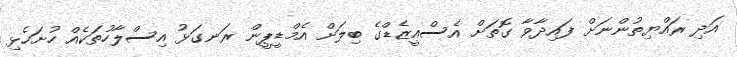
އަދި ރައްޔިތުންނަށް ފައިދާވާ ގޮތަށް އެސްއީޒެޑްގެ ބިލަށް އެމްޑީޕީން ރަނގަޅު އިސްލާހުތަކެއް ހުށަހެޅި